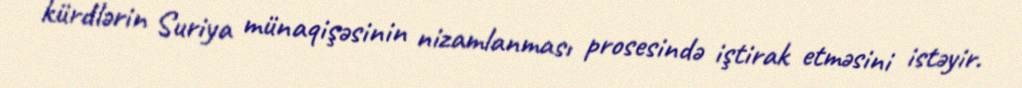
kürdlərin Suriya münaqişəsinin nizamlanması prosesində iştirak etməsini istəyir.